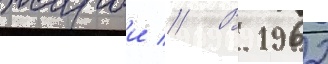
жарои // В 1962